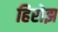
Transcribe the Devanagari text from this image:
हिरोझ